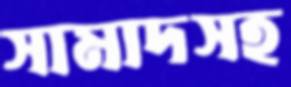
সামাদসহ